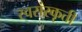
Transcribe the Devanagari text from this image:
स्वसंस्कृती